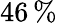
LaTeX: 46\, \%